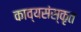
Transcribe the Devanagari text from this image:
काव्यसंस्कृत